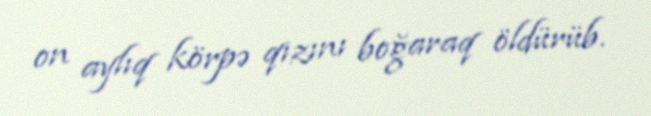
on aylıq körpə qızını boğaraq öldürüb.